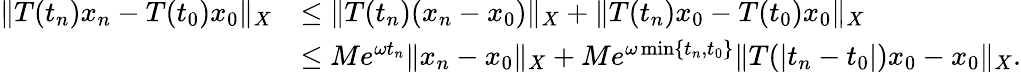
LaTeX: \begin{array}{rl}{\| T(t_{n})x_{n}-T(t_{0})x_{0}\| _{X}}&{\leq\| T(t_{n})(x_{n}-x_{0})\| _{X}+\| T(t_{n})x_{0}-T(t_{0})x_{0}\| _{X}}\\ &{\leq Me^{\omega t_{n}}\| x_{n}-x_{0}\| _{X}+Me^{\omega\operatorname*{min}\{ t_{n},t_{0}\} }\| T(\vert t_{n}-t_{0}\vert)x_{0}-x_{0}\| _{X}.}\end{array}